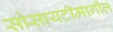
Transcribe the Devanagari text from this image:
सोसायटीमागील